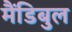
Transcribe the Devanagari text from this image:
मैंडिबुल